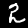
Digit: 2